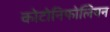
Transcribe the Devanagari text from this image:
कोटोनिफोलियन